Document type: Emphyteutic lease
Year: 1283
Scribe: Pere Marquès
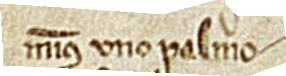
minus uno palmo